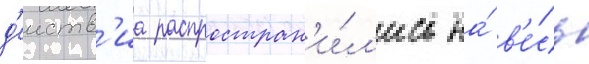
д'еиств'иа распростран'и́л'ись на́ в'е́сь